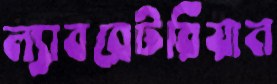
ল্যাবরেটরিয়ান